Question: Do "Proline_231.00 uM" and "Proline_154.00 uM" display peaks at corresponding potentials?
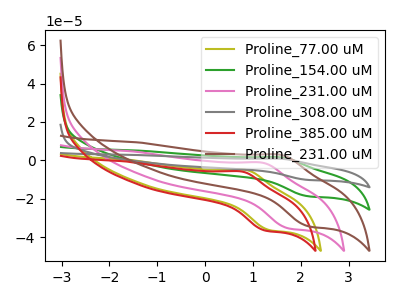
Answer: <think>The olive curve "Proline_77.00 uM" has an anodic peak at (0.85V, -5.00uA) and a cathodic peak at (1.35V, -36.30uA). The green curve "Proline_154.00 uM" has an anodic peak at (1.60V, 1.55uA) and a cathodic peak at (2.15V, -18.70uA). The pink curve "Proline_231.00 uM" has an anodic peak at (1.20V, -1.25uA) and a cathodic peak at (1.70V, -35.30uA). The gray curve "Proline_308.00 uM" has an anodic peak at (1.60V, 3.15uA) and a cathodic peak at (2.15V, -37.35uA). The red curve "Proline_385.00 uM" has an anodic peak at (0.80V, -5.85uA) and a cathodic peak at (1.25V, -36.50uA). The brown curve "Proline_231.00 uM" has an anodic peak at (1.60V, 2.90uA) and a cathodic peak at (2.15V, -34.25uA).</think>
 <answer>Yes, "Proline_231.00 uM" have a peak in "Proline_154.00 uM" at the same potential.</answer>
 <eval>match</eval>